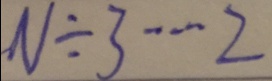
N \div 3 \cdots 2